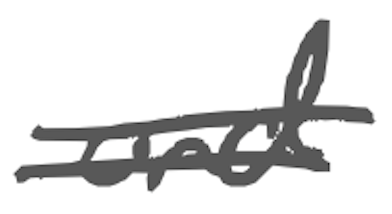
Text: and
Cross-out: mix
Writing tool: digital_gray